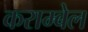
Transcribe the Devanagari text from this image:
कराम्बेल